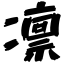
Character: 凛